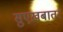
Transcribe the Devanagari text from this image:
सुएख़बातर